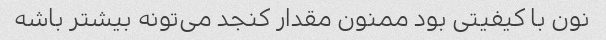
نون با کیفیتی بود ممنون مقدار کنجد می‌تونه بیشتر باشه